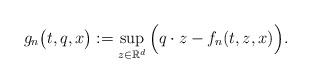
LaTeX: \begin{align*}g_n\big(t,q,x\big):=\sup_{z\in \mathbb{R}^d}\Big( q\cdot z - f_n(t,z,x)\Big).\end{align*}